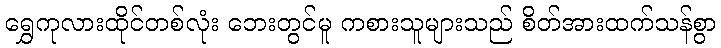
ရွှေကုလားထိုင်တစ်လုံး ဘေးတွင်မူ ကစားသူများသည် စိတ်အားထက်သန်စွာ